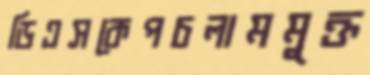
ডিএসকেপচলামমুক্ত